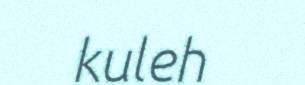
kuleh